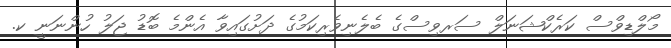
މޯލްޑިވްސް ކަރެކްޝަނަލް ސަރވިސްގެ ބެލެނިވެރިކަމުގެ ދަށުގައިވާ އެންމެ ބޮޑު ޖަލު ހުންނަނީ ކ.